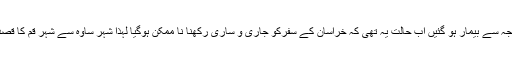
حضرت معصومہ (س) اس عظیم غم کے اثر سے یا زہر جفا کی وجہ سے بیمار ہو گئیں اب حالت یہ تھی کہ خراسان کے سفرکو جاری و ساری رکھنا نا ممکن ہوگیا لہٰذا شہر ساوہ سے شہر قم کا قصد کیا اور آپ نے پوچھا اس شہر(ساوہ) سے شہر قم کتنا فاصلہ ہے؟